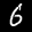
Label: 6